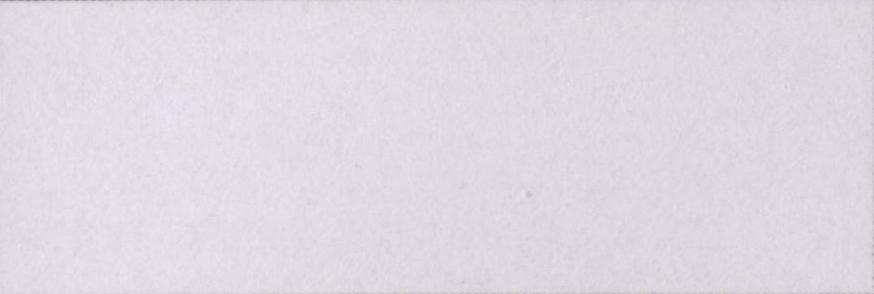
इक़बाल